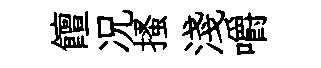
饘况搔淺嚼